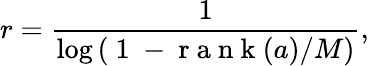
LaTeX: r=\frac{1}{\log\left(\mathrm{~1~-~r~a~n~k~}(a)/M\right)},